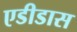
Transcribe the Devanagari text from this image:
एडीडास